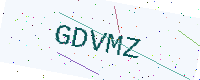
Text: GDVMZ